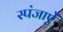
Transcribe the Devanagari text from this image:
स्पंजाऐं